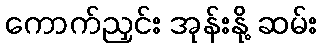
ကောက်ညှင်း အုန်းနို့ ဆမ်း